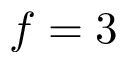
f = 3